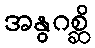
အနွဂစ္ဆိ